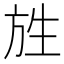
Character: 𭤯